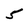
Character: 5